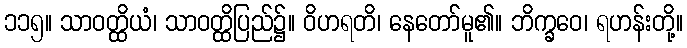
၁၁၅။ သာဝတ္ထိယံ၊ သာဝတ္ထိပြည်၌။ ဝိဟရတိ၊ နေတော်မူ၏။ ဘိက္ခဝေ၊ ရဟန်းတို့။